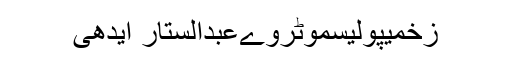
زخمیپولیسموٹروےعبدالستار ایدھی